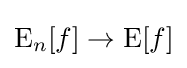
\operatorname {E} _{n}[f]\to \operatorname {E} [f]